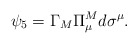
\begin{align*}\psi_5 = \Gamma_M \Pi^M_{\mu} d\sigma^{\mu}.\end{align*}